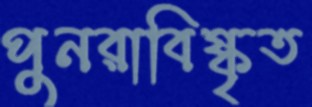
পুনরাবিষ্কৃত